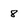
Character: 8